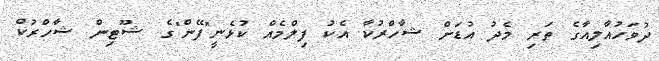
ދުވަހުއާލިއާގެ ތަރި މެދު އުޑަށް ޝާހްރުކާ އެކު ފިލްމެއް ކުޅެނީ"ފޭން"ގެ ޝޫޓިން ޝާހްރުކް